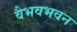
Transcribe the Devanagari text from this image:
वैभवभवन